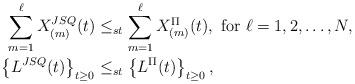
LaTeX: \begin{align*}\sum_{m=1}^\ell X_{(m)}^{JSQ}(t)&\leq_{st}\sum_{m=1}^\ell X_{(m)}^{\Pi}(t),\mbox{ for } \ell=1,2,\ldots, N,\\\left\{L^{JSQ}(t)\right\}_{t\geq 0}&\leq_{st}\left\{L^{\Pi}(t)\right\}_{t\geq 0},\end{align*}